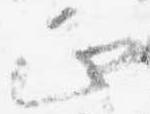
正